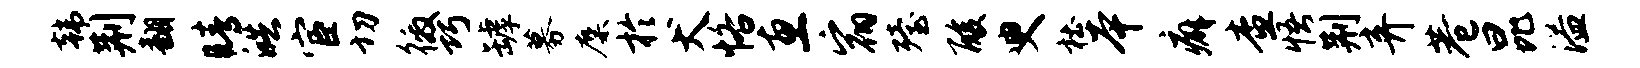
韩荆翻睛皓宦切徼巧罅募麋於犬恪惠宿殪酸臾杜本癖查悟荆弃巷昆溢